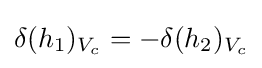
\delta (h_{1})_{V_{c}}=-\delta (h_{2})_{V_{c}}